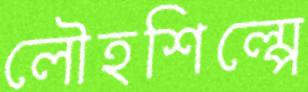
লৌহশিল্পে